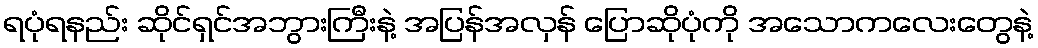
ရပုံရနည်း ဆိုင်ရှင်အဘွားကြီးနဲ့ အပြန်အလှန် ပြောဆိုပုံကို အသောကလေးတွေနဲ့